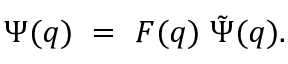
\Psi ( q ) ~ = ~ { \cal F } ( q ) ~ \tilde { \Psi } ( q ) .